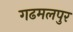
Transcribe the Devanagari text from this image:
गढमलपुर